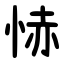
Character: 㤸